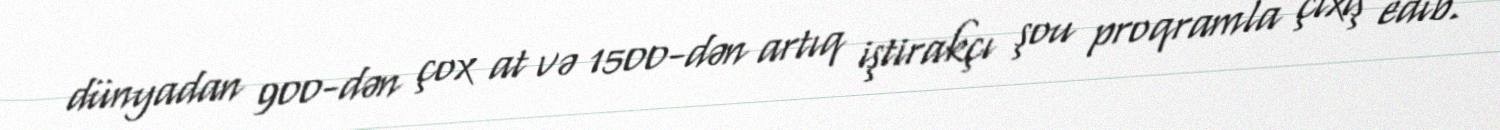
dünyadan 900-dən çox at və 1500-dən artıq iştirakçı şou proqramla çıxış edib.